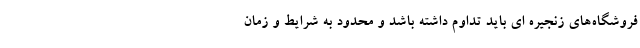
فروشگاه‌های زنجیره ای باید تداوم داشته باشد و محدود به شرایط و زمان